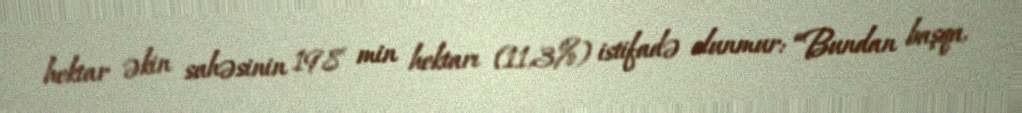
hektar əkin sahəsinin 198 min hektarı (11,3%) istifadə olunmur: “Bundan başqa,